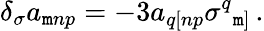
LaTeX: \delta_{\sigma}a_{\mathtt{m}np}=-3a_{q[np}\sigma^{q}{}_{\mathtt{m}]}\, .